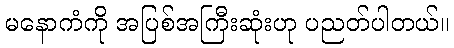
မနောကံကို အပြစ်အကြီးဆုံးဟု ပညတ်ပါတယ်။